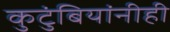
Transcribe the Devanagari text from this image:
कुटुंबियांनीही